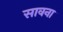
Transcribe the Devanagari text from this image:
सावना